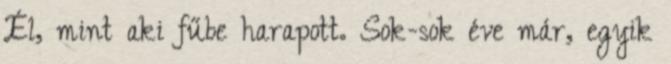
Él, mint aki fűbe harapott. Sok-sok éve már, egyik